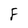
Character: F